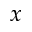
x